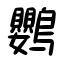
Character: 鸚